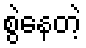
စွဲနေတဲ့